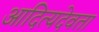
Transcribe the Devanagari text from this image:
आदित्यदेवता